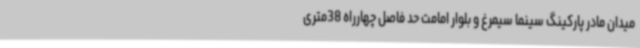
میدان مادر پارکینگ سینما سیمرغ و بلوار امامت حد فاصل چهارراه 38متری